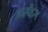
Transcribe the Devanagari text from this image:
आर्नेहम